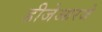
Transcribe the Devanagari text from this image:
डीजेआरजे